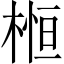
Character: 𣕲